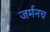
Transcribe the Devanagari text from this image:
जर्मनच